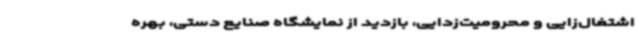
اشتغال‌زایی و محرومیت‌زدایی، بازدید از نمایشگاه صنایع دستی، بهره‌